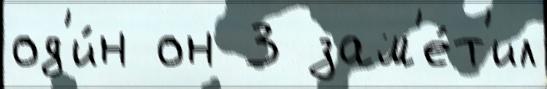
од'и́н он 3 зам'е́т'ил